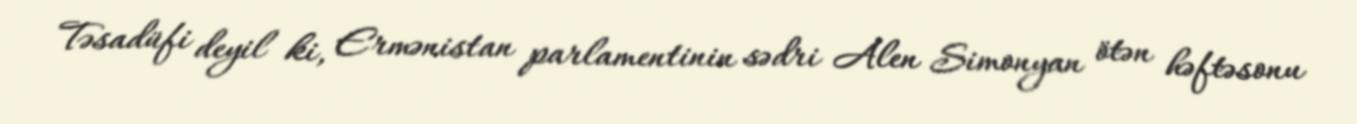
Təsadüfi deyil ki, Ermənistan parlamentinin sədri Alen Simonyan ötən həftəsonu